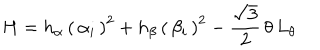
LaTeX: H = h _ { \alpha } \, \left( \, \alpha _ { i } \, \right) ^ { 2 } + h _ { \beta } \, \left( \, \beta _ { i } \, \right) ^ { 2 } - \frac { \sqrt 3 } { 2 } \, \theta \, L _ { \theta }